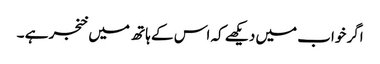
اگر خواب میں دیکھے کہ اس کے ہاتھ میں خنجر ہے ۔